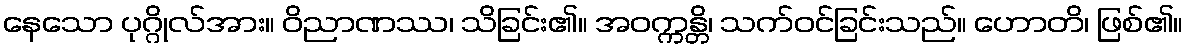
နေသော ပုဂ္ဂိုလ်အား။ ဝိညာဏဿ၊ သိခြင်း၏။ အဝက္ကန္တိ၊ သက်ဝင်ခြင်းသည်။ ဟောတိ၊ ဖြစ်၏။